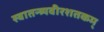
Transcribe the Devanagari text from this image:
स्वातन्त्र्यवीरशतकम्